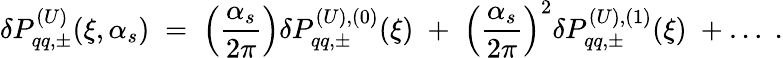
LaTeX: \delta P_{qq,\pm}^{(U)}(\xi,\alpha_{s})\; =\; \left(\frac{\alpha_{s}}{2\pi}\right)\delta P_{qq,\pm}^{(U),(0)}(\xi)\; +\; \left(\frac{\alpha_{s}}{2\pi}\right)^{2}\delta P_{qq,\pm}^{(U),(1)}(\xi)\; +\ldots\; .